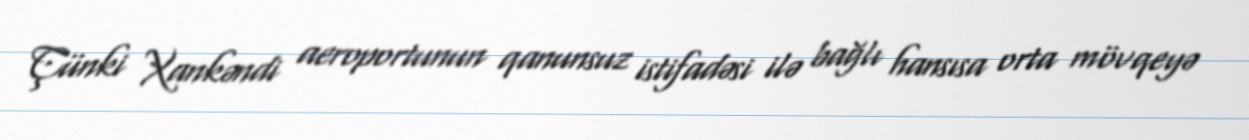
Çünki Xankəndi aeroportunun qanunsuz istifadəsi ilə bağlı hansısa orta mövqeyə